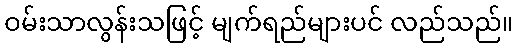
ဝမ်းသာလွန်းသဖြင့် မျက်ရည်များပင် လည်သည်။